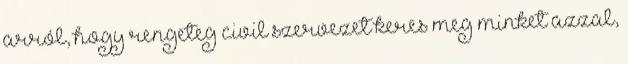
arról, hogy rengeteg civil szervezet keres meg minket azzal,